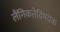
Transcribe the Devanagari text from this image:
लैंगिकतेविषयक